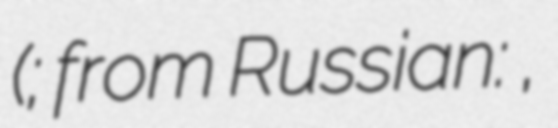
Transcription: (; from Russian: агитпроп,